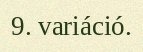
9. variáció.